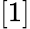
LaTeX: \textstyle{\left[\begin{array}{l}{1}\end{array}\right]}